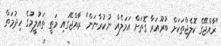
"ރާއްޖޭގެ ކޮލެޖްތަކަށް ބުރޫއަރާ ގޮތަށް އަމަލެއް ނުކުރާނަން" ރާއްޖޭގައި މަތީ ތައުލީމުގެ ހިދުމަތް